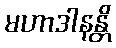
မဟာဒါနန္တိ